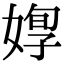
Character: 𡞦